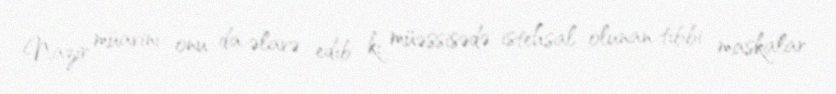
Nazir müavini onu da əlavə edib ki, müəssisədə istehsal olunan tibbi maskalar